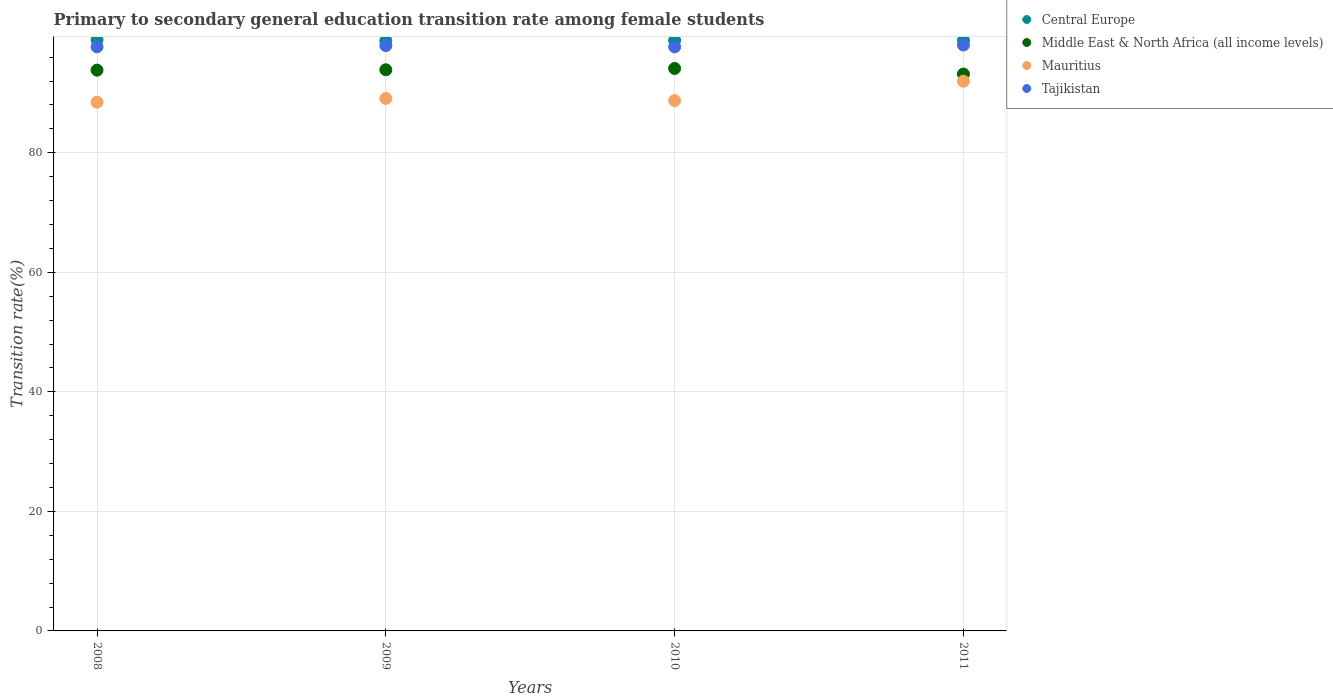
| Years | Central Europe | Middle East & North Africa (all income levels) | Mauritius | Tajikistan |
 | --- | --- | --- | --- | --- |
 | 2008 | 98.9 | 93.8 | 88.5 | 97.7 |
 | 2009 | 98.8 | 93.9 | 89.1 | 97.9 |
 | 2010 | 98.8 | 94.1 | 88.7 | 97.7 |
 | 2011 | 98.8 | 93.2 | 92 | 98 |